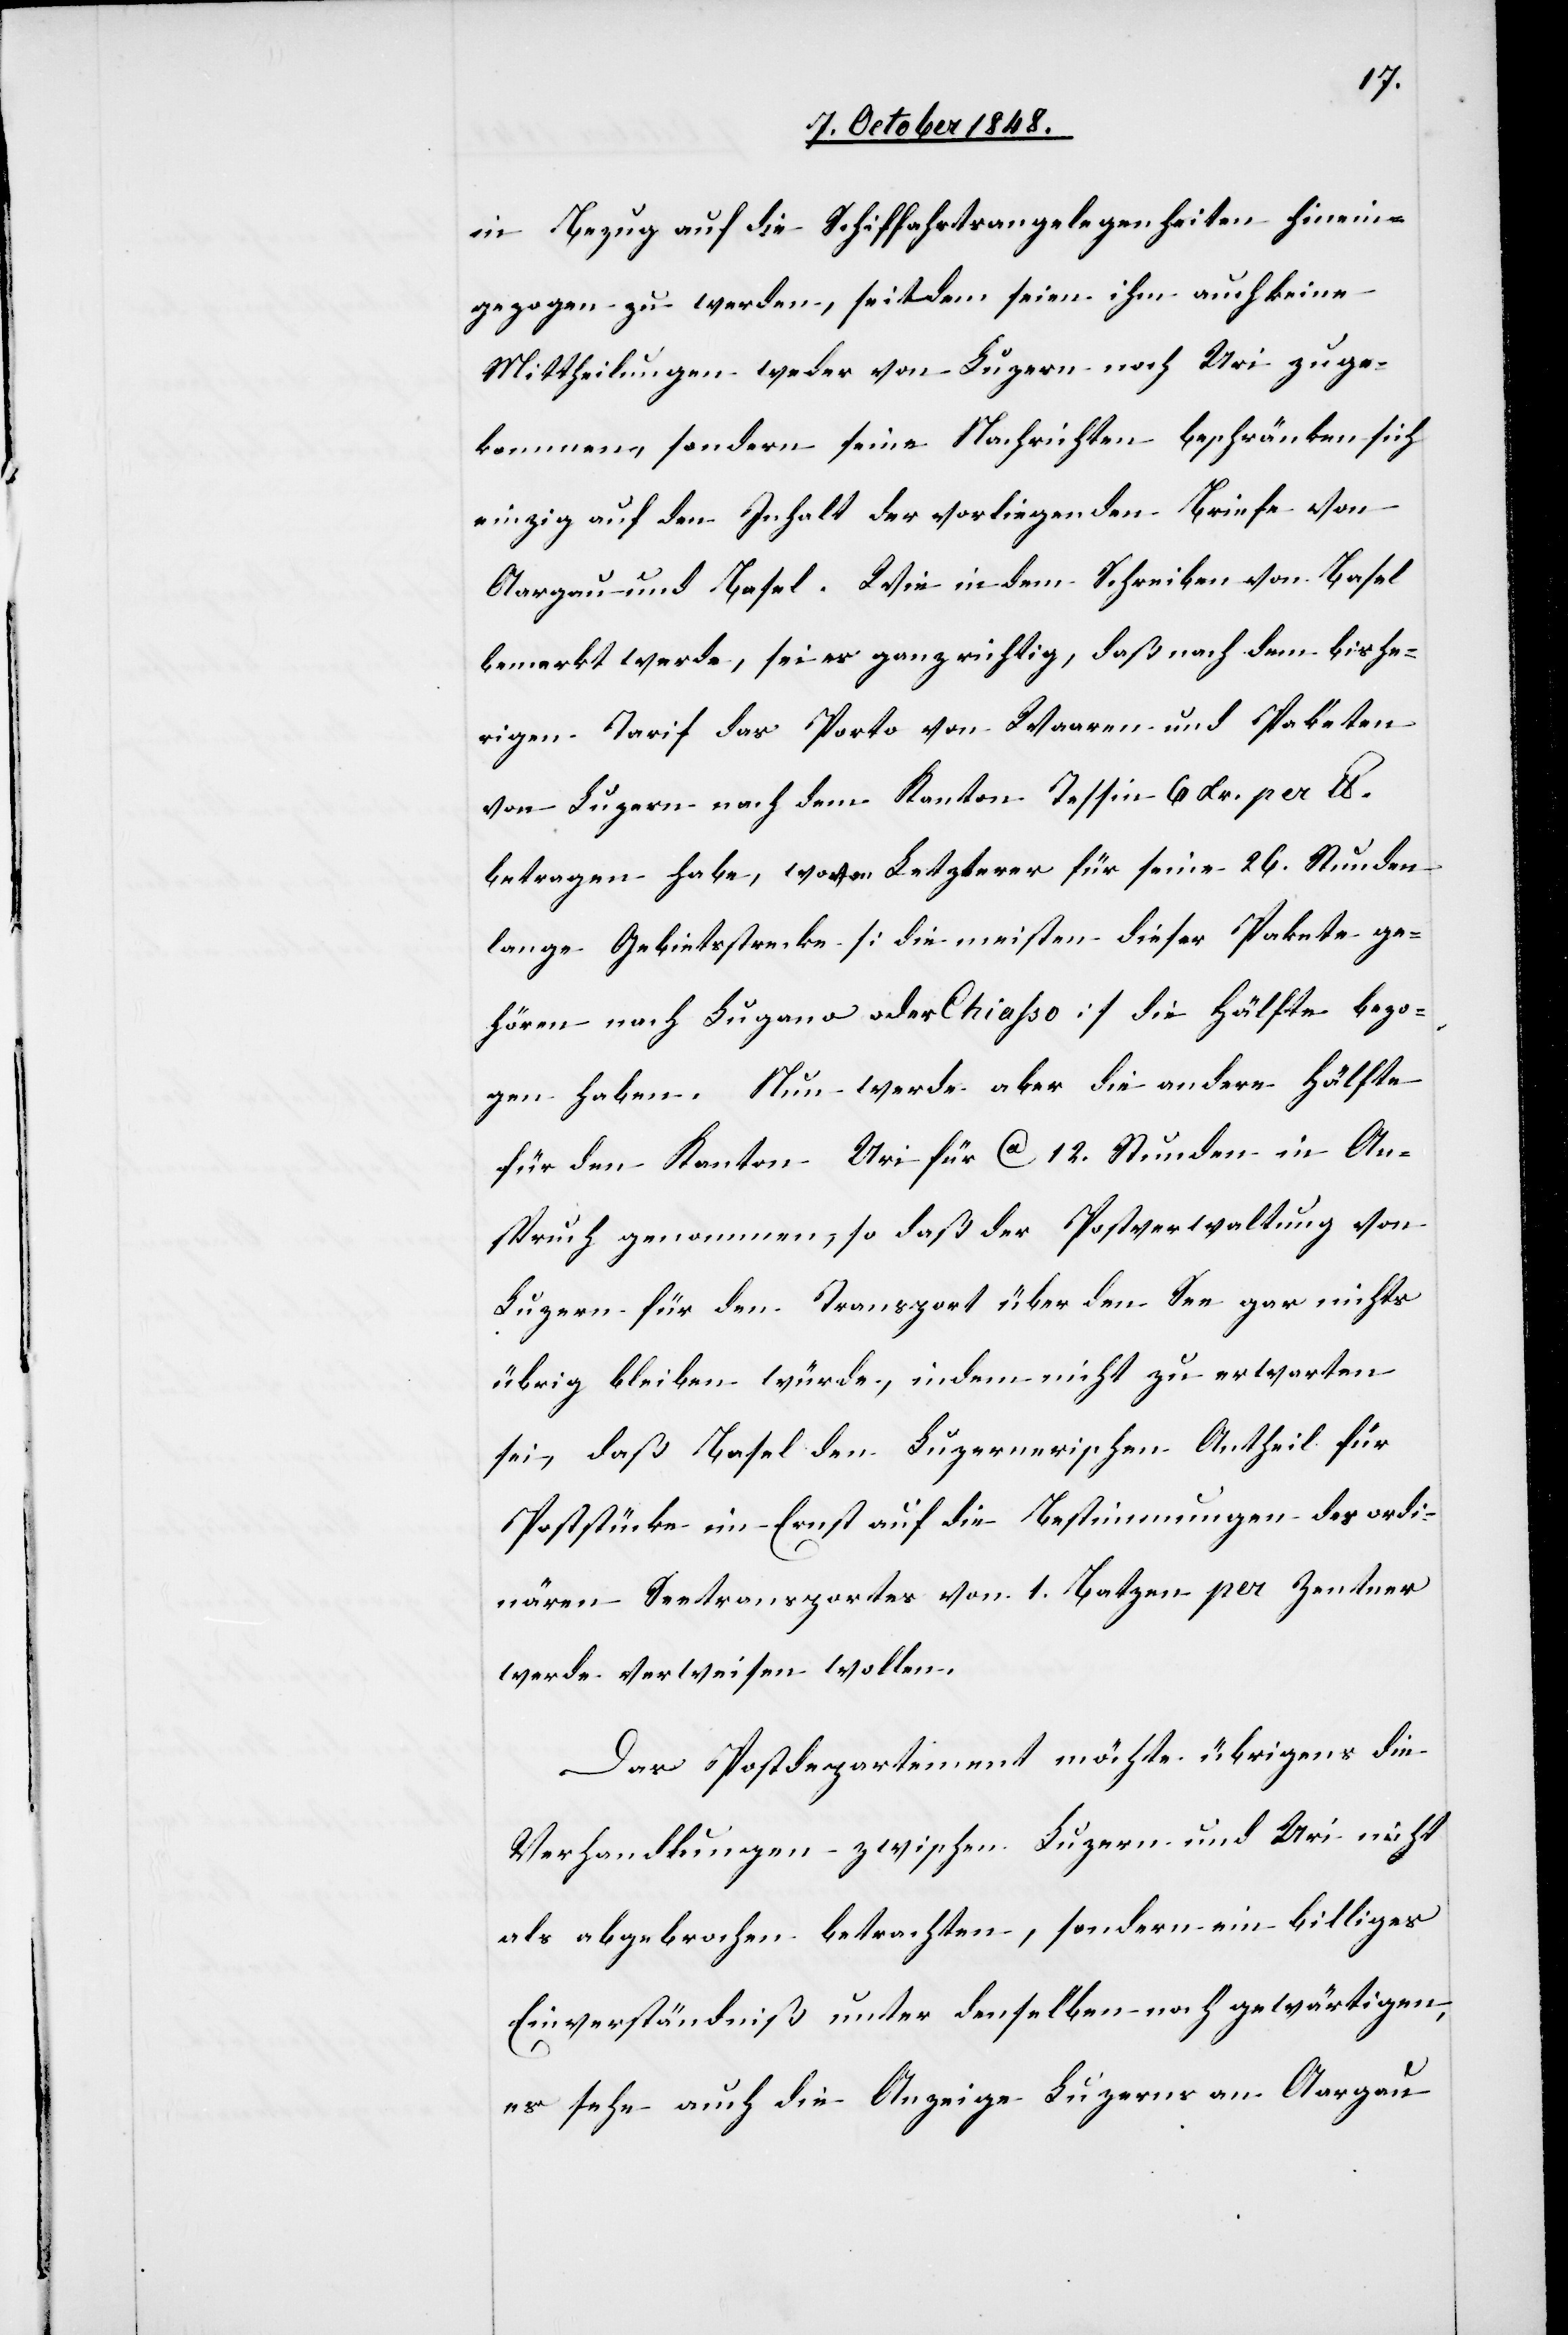
in Bezug auf die Schiffahrtsangelegenheiten hinein¬
gezogen zu werden, seitdem seien ihm auch keine
Mittheilungen weder von Luzern noch Uri zuge¬
kommen, sondern seine Nachrichten beschränken sich
einzig auf den Inhalt der vorliegenden Briefe von
Aargau und Basel. Wie in dem Schreiben von Basel
bemerkt werde, sei es ganz richtig, daß nach dem bishe¬
rigen Tarif das Porto von Waaren und Paketen
von Luzern nach dem Kanton Tessin 6. Xr. per Lb.
betragen habe, wovon Letzterer für seine 26. Stunden
lange Gebietsstrecke [die meisten dieser Pakete ge¬
hören nach Lugano oder Chiasso] die Hälfte bezo¬
gen haben. Nun werde aber die andere Hälfte
für den Kanton Uri für ca. 12. Stunden in An¬
spruch genommen, so daß der Postverwaltung von
Luzern für den Transport über den See gar nichts
übrig bleiben würde, indem nicht zu erwarten
sei, daß Basel den Luzernerischen Antheil für
Poststücke im Ernst auf die Bestimmungen des ordi¬
nären Seetransportes von 1. Batzen per Zentner
werde verweisen wollen.
Das Postdepartement möchte übrigens die
Verhandlungen zwischen Luzern und Uri nicht
als abgebrochen betrachten, sondern ein billiges
Einverständniß unter denselben noch gewärtigen,
es sehe auch die Anzeige Luzerns an Aargau